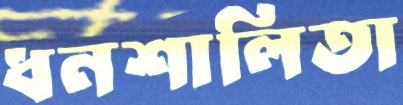
ধনশালিতা